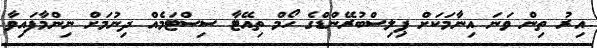
އިރު ތިން ވަނަ އިނާމަކަށް ޕިލިސްބުރޭންޑްގެ ހޯމް ތިއޭޓާ ސިސްޓަމެއް ދިނުމަށް ނިންމާފައިވާ